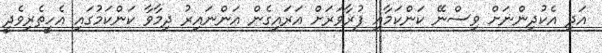
އަދި އެކުދިންނަށް ވިސްނޭ ކަންކަމާއި ފުރާވަރަށް އަރައިގެން އަންނައިރު ދިމާވާ ކަންކަމުގައި އެހީތެރިވެދީ